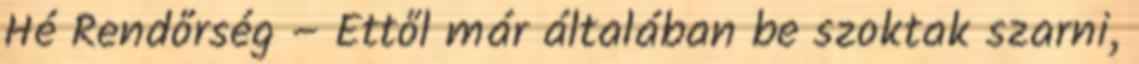
Hé Rendőrség – Ettől már általában be szoktak szarni,